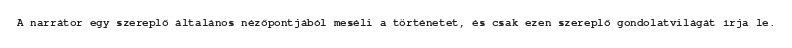
A narrátor egy szereplő általános nézőpontjából meséli a történetet, és csak ezen szereplő gondolatvilágát írja le.